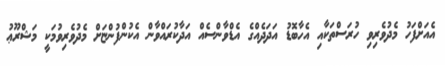
އެއަށްފަހު މެދުވެރިވި ހުރަސްތަކާއި އެހާބޮޑު އަދަދެއްގެ އެޑްވާންސެއް އަދާކުރައްވާން އެކުންފުންޏަށް މެދުވެރިވުމަކީ މަޝްރޫޢު